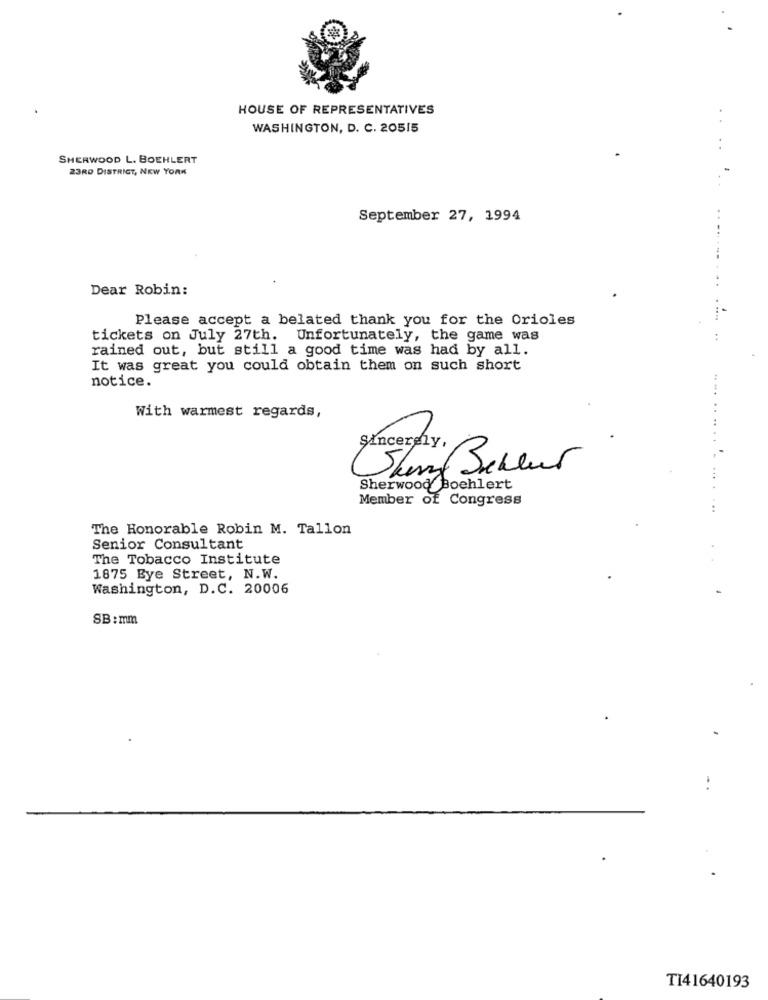
HOUSE OF REPRESENTATIVES
WASHINGTON, D. C. 20515
SHERWOOD L. BOEHLERT
23RD DISTRICT, NEW YORK
September 27, 1994
Dear Robin:
Please accept a belated thank you for the Orioles
tickets on July 27th. Unfortunately, the game was
rained out, but still a good time was had by all.
It was great you could obtain them on such short
notice.
With warmest regards,
Sherwood Boehlert
Member of Congress
The Honorable Robin M. Tallon
Senior Consultant
The Tobacco Institute
1875 Eye Street, N.W.
Washington, D.C. 20006
SB: mm
TI41640193